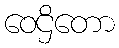
ဝေဌိတော